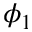
\phi _ { 1 }